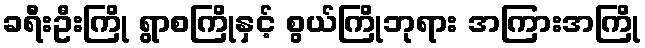
ခရီးဦးကြို ရွာစကြိုနှင့် စွယ်ကြိုဘုရား အကြားအကြို